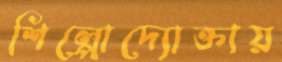
শিল্পোদ্যোক্তায়